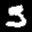
Label: 5